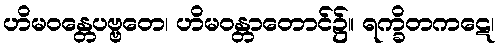
ဟိမဝန္တေပဗ္ဗတေ၊ ဟိမဝန္တာတောင်၌။ ရက္ခိတကဋေ၊